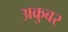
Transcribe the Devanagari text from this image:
अक्रुबर